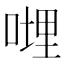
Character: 𠹺